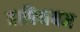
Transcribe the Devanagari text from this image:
हाफ्मियम